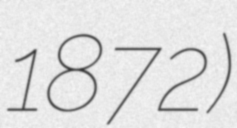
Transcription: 1872)